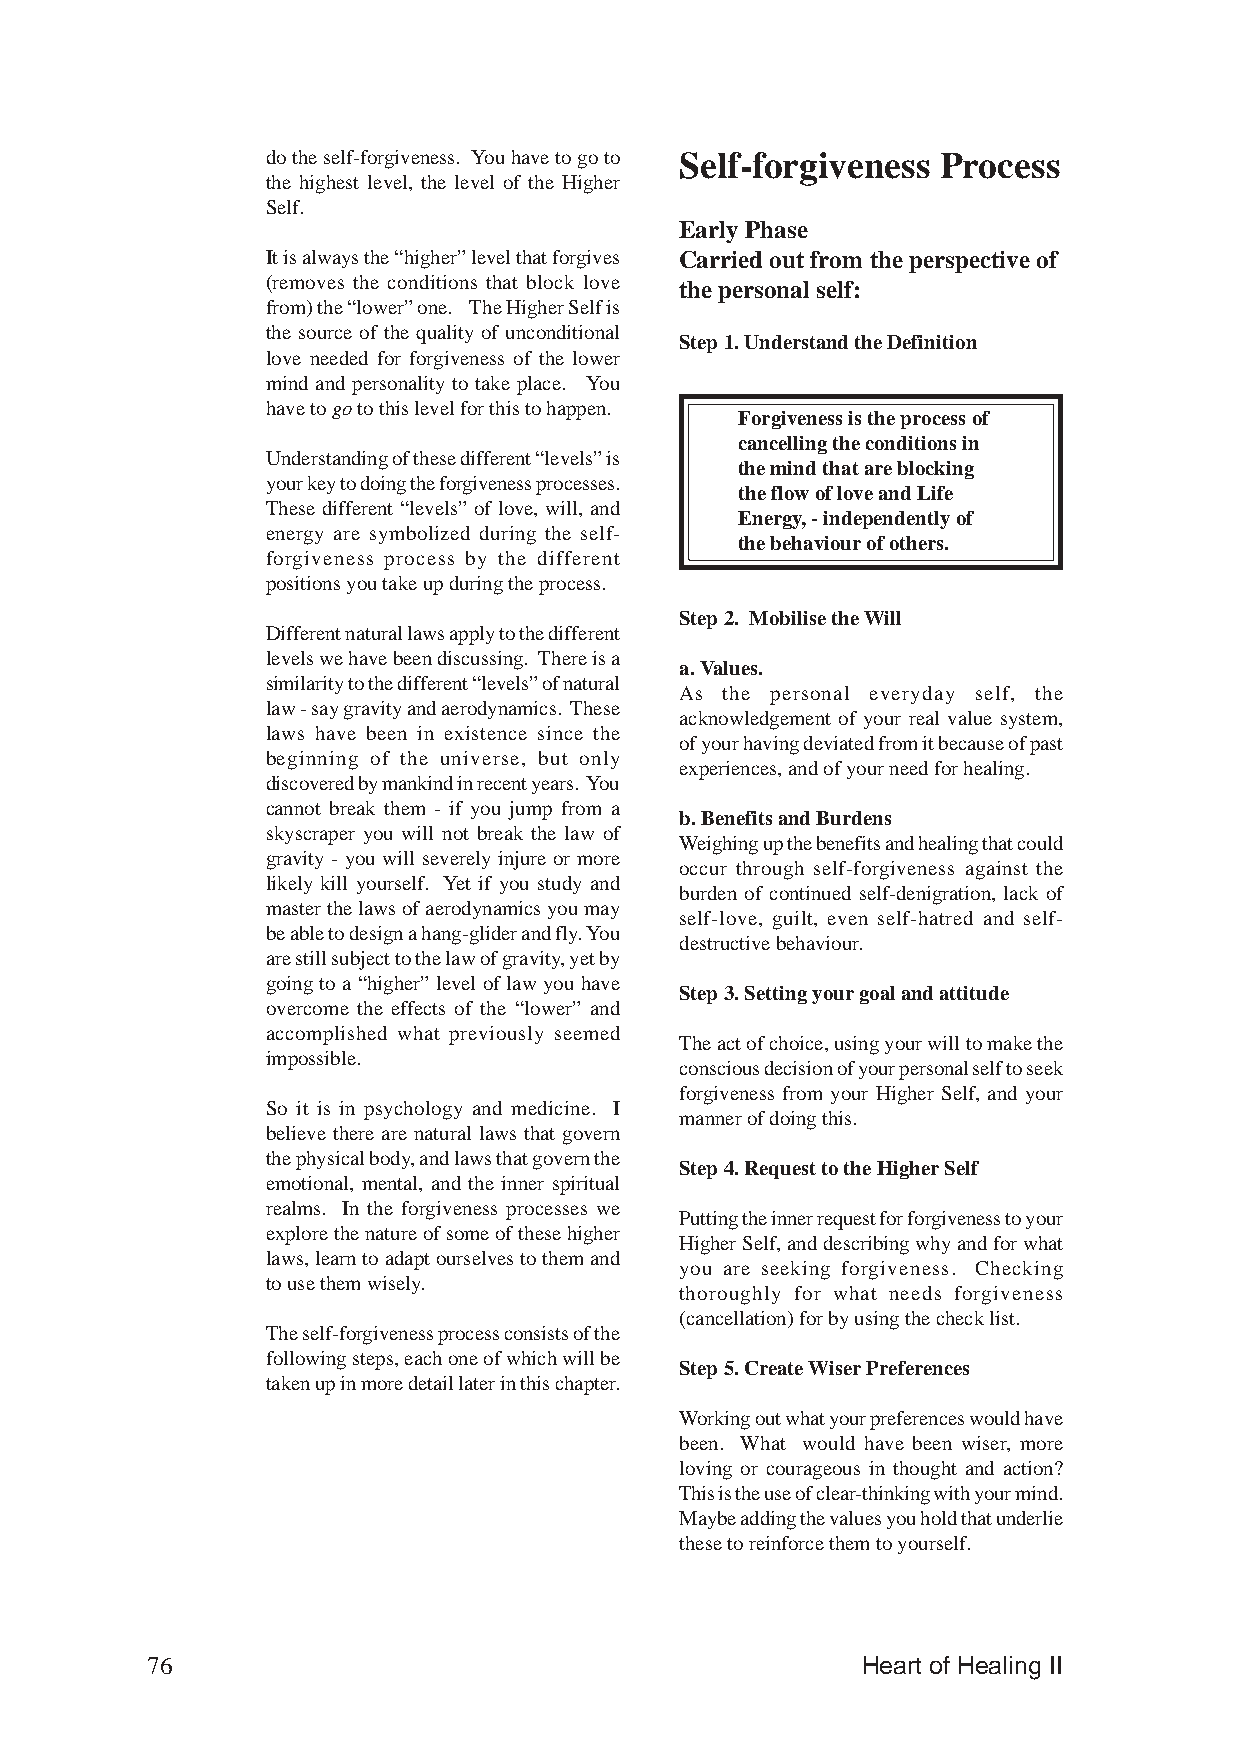
do the self-forgiveness. You have to go to Self-forgiveness Process
 the highest level, the level of the Higher
 Self.
 Early Phase
 It is always the “higher” level that forgives Carried out from the perspective of
 (removes the conditions that block love the personal self:
 from) the “lower” one. The Higher Self is
 the source of the quality of unconditional
 Step 1. Understand the Definition
 love needed for forgiveness of the lower
 mind and personality to take place. You
 have to go to this level for this to happen.
 Forgiveness is the process of
 cancelling the conditions in
 Understanding of these different “levels” is
 the mind that are blocking
 your key to doing the forgiveness processes.
 the flow of love and Life
 These different “levels” of love, will, and
 Energy, - independently of
 energy are symbolized during the self-
 the behaviour of others.
 forgiveness process by the different
 positions you take up during the process.
 Step 2. Mobilise the Will
 Different natural laws apply to the different
 levels we have been discussing. There is a
 a. Values.
 similarity to the different “levels” of natural
 As the personal everyday self, the
 law - say gravity and aerodynamics. These
 acknowledgement of your real value system,
 laws have been in existence since the
 of your having deviated from it because of past
 beginning of the universe, but only
 experiences, and of your need for healing.
 discovered by mankind in recent years. You
 cannot break them - if you jump from a
 b. Benefits and Burdens
 skyscraper you will not break the law of
 Weighing up the benefits and healing that could
 gravity - you will severely injure or more
 occur through self-forgiveness against the
 likely kill yourself. Yet if you study and
 burden of continued self-denigration, lack of
 master the laws of aerodynamics you may
 self-love, guilt, even self-hatred and self-
 be able to design a hang-glider and fly. You
 destructive behaviour.
 are still subject to the law of gravity, yet by
 going to a “higher” level of law you have
 Step 3. Setting your goal and attitude
 overcome the effects of the “lower” and
 accomplished what previously seemed
 The act of choice, using your will to make the
 impossible.
 conscious decision of your personal self to seek
 forgiveness from your Higher Self, and your
 So it is in psychology and medicine. I
 manner of doing this.
 believe there are natural laws that govern
 the physical body, and laws that govern the
 Step 4. Request to the Higher Self
 emotional, mental, and the inner spiritual
 realms. In the forgiveness processes we
 Putting the inner request for forgiveness to your
 explore the nature of some of these higher
 Higher Self, and describing why and for what
 laws, learn to adapt ourselves to them and
 you are seeking forgiveness. Checking
 to use them wisely.
 thoroughly for what needs forgiveness
 (cancellation) for by using the check list.
 The self-forgiveness process consists of the
 following steps, each one of which will be
 Step 5. Create Wiser Preferences
 taken up in more detail later in this chapter.
 Working out what your preferences would have
 been. What would have been wiser, more
 loving or courageous in thought and action?
 This is the use of clear-thinking with your mind.
 Maybe adding the values you hold that underlie
 these to reinforce them to yourself.
 76                                             Heart of Healing II